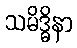
သမိဒ္ဓိနာ